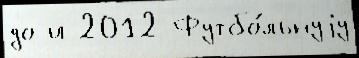
до и 2012 Футбо́льнуjу